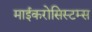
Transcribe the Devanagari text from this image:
माईकरोसिस्टम्स